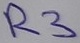
Text: R3